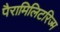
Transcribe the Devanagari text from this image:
पैरामिलिटरिज्म